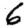
Digit: 6